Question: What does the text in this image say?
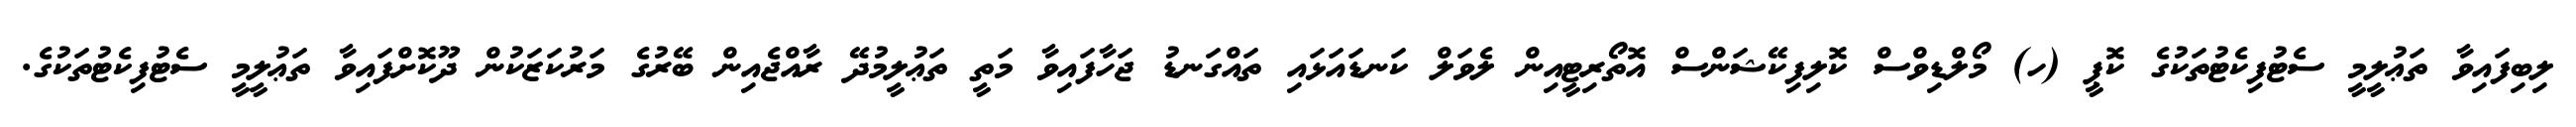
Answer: ލިބިފައިވާ ތަޢުލީމީ ސެޓުފިކެޓުތަކުގެ ކޮޕީ (ހ) މޯލްޑިވްސް ކޮލިފިކޭޝަންސް އޮތޯރިޓީއިން ލެވަލް ކަނޑައަޅައި ތައްގަނޑު ޖަހާފައިވާ މަތީ ތަޢުލީމުދޭ ރާއްޖެއިން ބޭރުގެ މަރުކަޒަކުން ދޫކޮށްފައިވާ ތަޢުލީމީ ސެޓުފިކެޓުތަކުގެ.